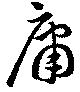
庸